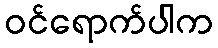
ဝင်ရောက်ပါက